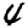
Digit: 4